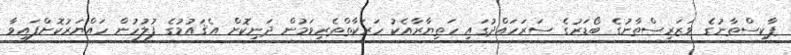
ޕާކިސްތާނުގެ ވަޒަރިސްތާނުގެ ބޯޑަރުގެ ސަރަހައްދުގައި ހަތިޔާރާއެކު ހަރަކާތްތެރިވަމުން ދަނިކޮށް އެޤައުމުގެ ފުލުހުން ހައްޔަރުކޮށްފައިވާ